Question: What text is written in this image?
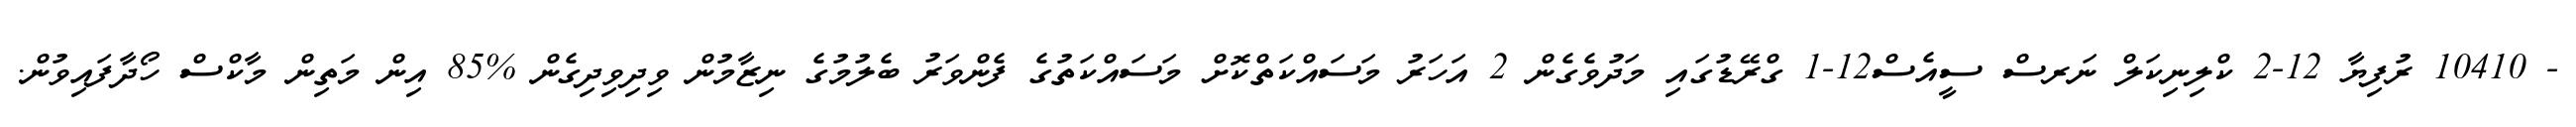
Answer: - 10410 ރުފިޔާ 12-2 ކްލިނިކަލް ނަރސް ސީއެސް12-1 ގްރޭޑުގައި މަދުވެގެން 2 އަހަރު މަސައްކަތްކޮށް މަސައްކަތުގެ ފެންވަރު ބެލުމުގެ ނިޒާމުން ވިދިވިދިގެން %85 އިން މަތިން މާކްސް ހޯދާފައިވުން.